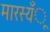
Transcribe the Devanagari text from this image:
मारस्यँू